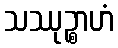
သဿုဉ္စာဟံ